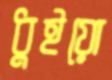
ধুইয়ো